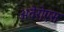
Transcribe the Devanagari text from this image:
अवेरोएस